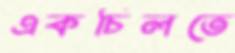
একচিলতে